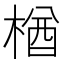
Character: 楢